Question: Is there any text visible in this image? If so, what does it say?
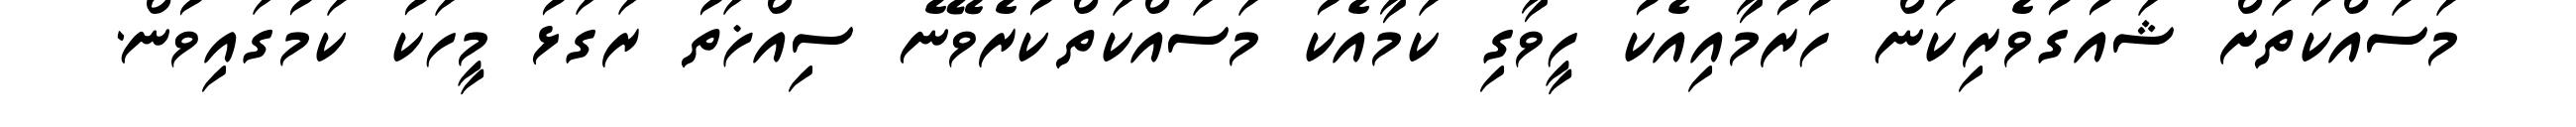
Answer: މަސައްކަތަށް ޝައުގުވެރިކަން ހުރުމާއިއެކު ހީވާގި ކަމާއެކު މަސައްކަތްކުރެވޭނެ ސިއްޚަތު ރަގަޅު މީހަކު ކަމުގައިވުން.